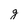
Character: g